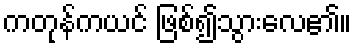
ကတုန်ကယင် ဖြစ်၍သွားလေ၏။